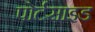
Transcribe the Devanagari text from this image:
पोर्टसाइड